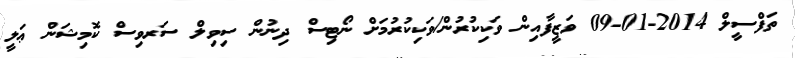
ތަފްސީލް 2014-01-09 ވަޒީފާއިން ވަކިކުރުން/ވަކިކުރުމަށް ނޯޓިސް ދިނުން ސިވިލް ސަރވިސް ކޮމިޝަން ޢަލީ